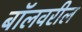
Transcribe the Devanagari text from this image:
बॉलवरील